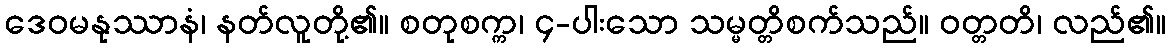
ဒေဝမနုဿာနံ၊ နတ်လူတို့၏။ စတုစက္က၊ ၄-ပါးသော သမ္မတ္တိစက်သည်။ ဝတ္တတိ၊ လည်၏။